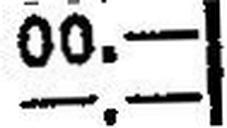
—.—